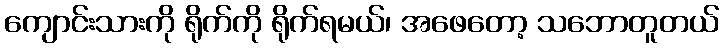
ကျောင်းသားကို ရိုက်ကို ရိုက်ရမယ်၊ အဖေတော့ သဘောတူတယ်